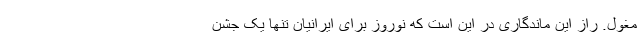
مغول. راز این ماندگاری در این است که نوروز برای ایرانیان تنها یک جشن